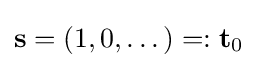
\mathbf {s} =(1,0,\dots )=:\mathbf {t} _{0}